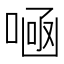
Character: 𠷭